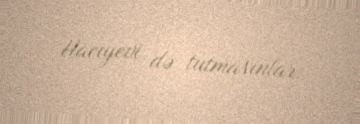
Hacıyevi də tutmasınlar.